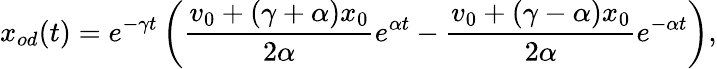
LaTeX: x_{od}(t)=e^{-\gamma t}\left(\frac{v_{0}+(\gamma+\alpha)x_{0}}{2\alpha}e^{\alpha t}-\frac{v_{0}+(\gamma-\alpha)x_{0}}{2\alpha}e^{-\alpha t}\right),